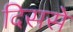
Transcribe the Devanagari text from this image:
दिससे